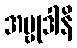
အဗ္ဗုဒါနိ